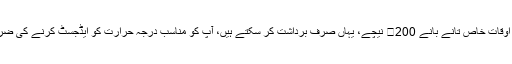
لیکن بعض اوقات خاص تانے بانے 200℃ نیچے، یہاں صرف برداشت کر سکتے ہیں، آپ کو مناسب درجہ حرارت کو ایڈجسٹ کرنے کی ضرورت ہے ۔